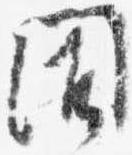
聞